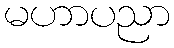
မဟာပညာ